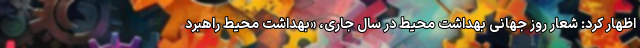
اظهار کرد: شعار روز جهانی بهداشت محیط در سال جاری، «بهداشت محیط راهبرد